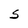
Character: S